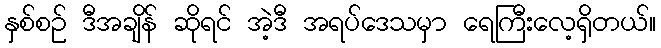
နှစ်စဉ် ဒီအချိန် ဆိုရင် အဲ့ဒီ အရပ်ဒေသမှာ ရေကြီးလေ့ရှိတယ်။